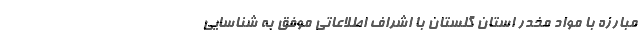
مبارزه با مواد مخدر استان گلستان با اشراف اطلاعاتی موفق به شناسایی